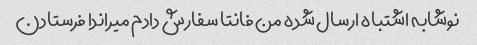
نوشابه اشتباه ارسال شده من فانتا سفارش دادم میراندا فرستادن